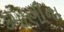
કમાણીના